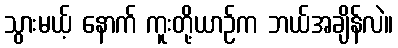
သွားမယ့် နောက် ကူးတို့ယာဉ်က ဘယ်အချိန်လဲ။